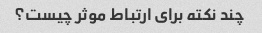
چند نکته برای ارتباط موثر چیست؟